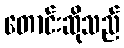
တောင်းဆိုသည်